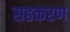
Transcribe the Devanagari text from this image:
सहकरण